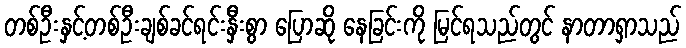
တစ်ဦးနှင့်တစ်ဦးချစ်ခင်ရင်းနှီးစွာ ပြောဆို နေခြင်းကို မြင်ရသည်တွင် နာတာရှာသည်